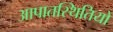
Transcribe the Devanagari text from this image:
आपातस्थितियों